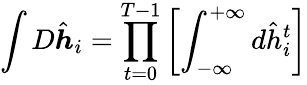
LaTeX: \int D\hat{\boldsymbol{h}}_{i}=\prod_{t=0}^{T-1}\left[\int_{-\infty}^{+\infty}d\hat{h}_{i}^{t}\right]